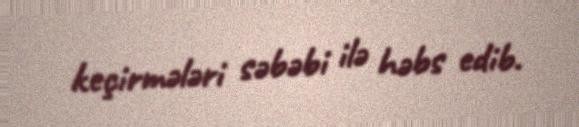
keçirmələri səbəbi ilə həbs edib.